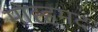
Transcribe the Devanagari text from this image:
मोह्हमद